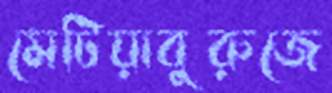
মেটিয়াবুরুজে